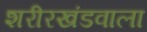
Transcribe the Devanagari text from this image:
शरीरखंडवाला